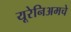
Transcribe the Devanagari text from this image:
यूरेनिअमचे